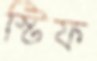
স্টিফ